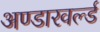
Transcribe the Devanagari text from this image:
अण्डारवर्ल्ड